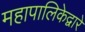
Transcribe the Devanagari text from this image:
महापालिकेद्वारे